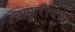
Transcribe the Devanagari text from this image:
व्राणरोपण